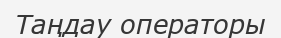
Таңдау операторы